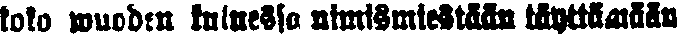
koko wuoden kuluessa nimismiestään täyttämään